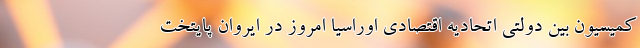
کمیسیون بین دولتی اتحادیه اقتصادی اوراسیا امروز در ایروان پایتخت